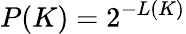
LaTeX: P(K)=2^{-L(K)}